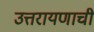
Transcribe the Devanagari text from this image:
उत्तरायणाची